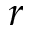
r